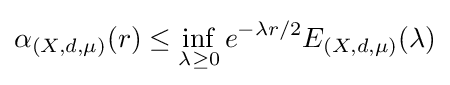
\alpha _{(X,d,\mu )}(r)\leq \inf _{\lambda \geq 0}e^{-\lambda r/2}E_{(X,d,\mu )}(\lambda )